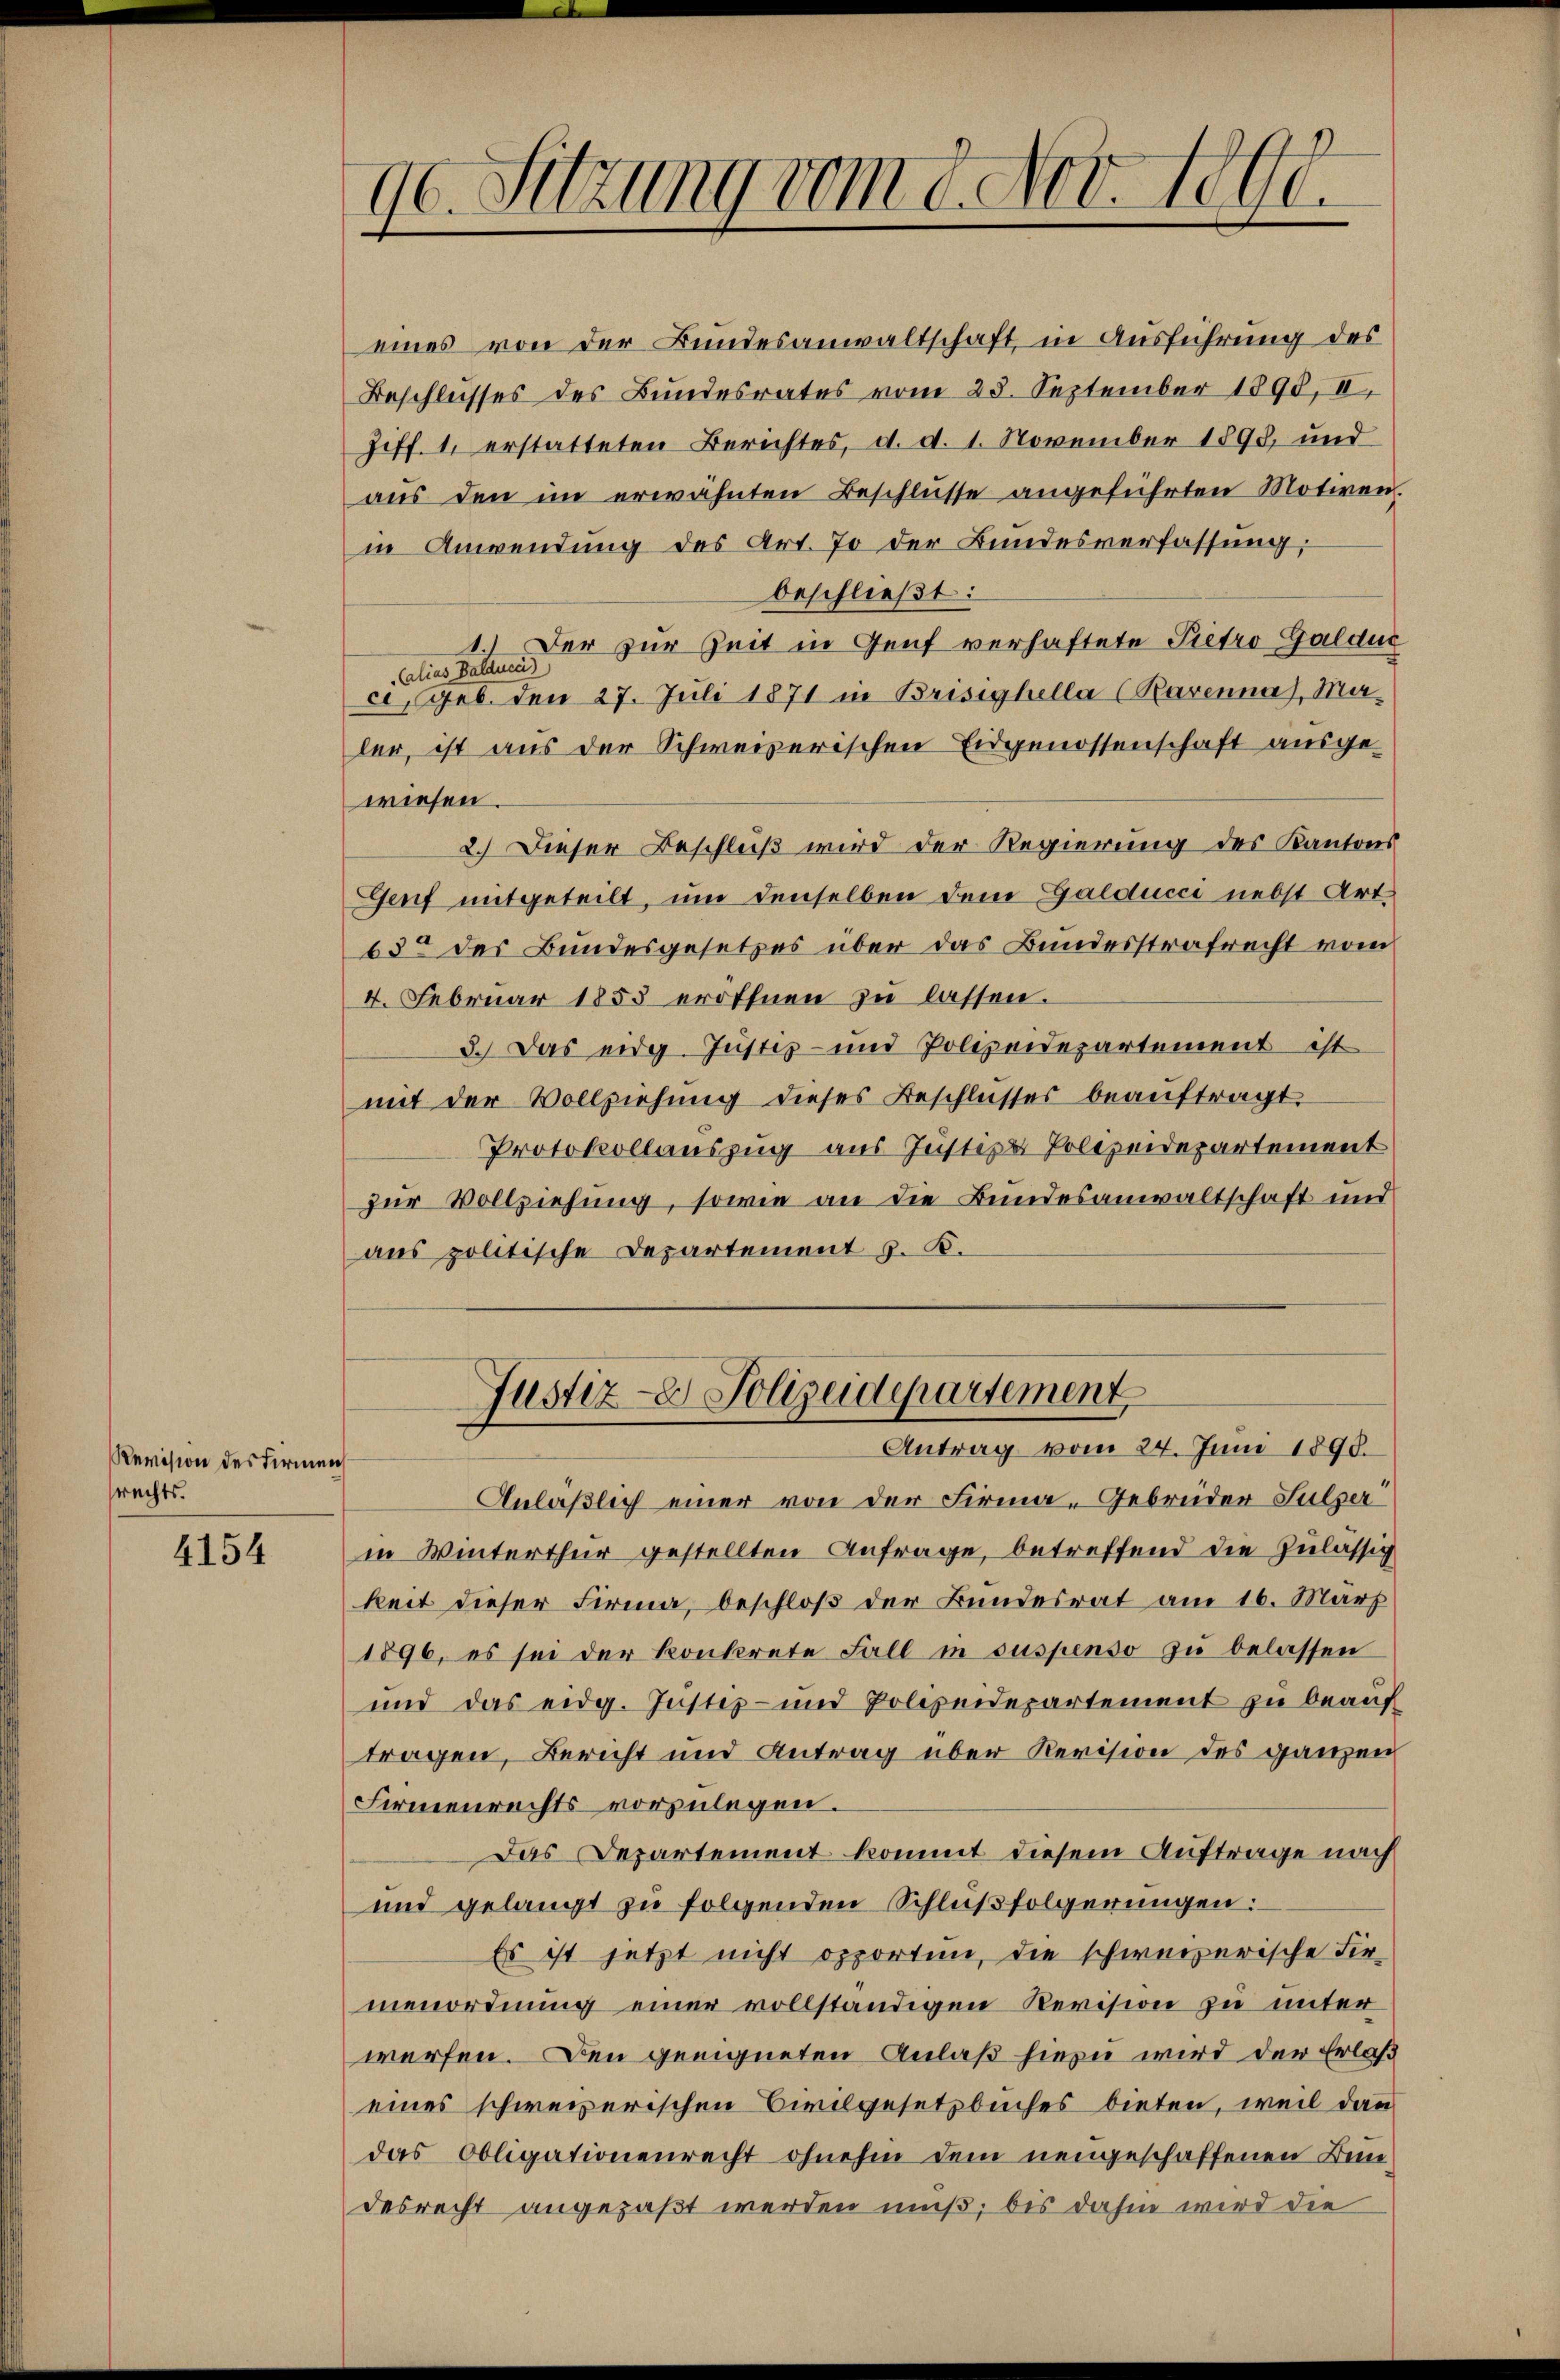
Revision des Firmen
rechts.

4154

eines von der Bundesanwaltschaft, in Ausführung des
Beschlusses des Bundesrates vom 28. September 1890, II.
Ziff. 1. erstatteten Berichtes, d. d. 1. November 1890, und
aŭs den im erwähnten Beschlüsse angeführten Motiven
in Anwendung des Art. 70 der Bundesverfassung:
beschließt:
1. Der zur Zeit in Genf verhaftete Pietro Galduc
Calias Balduce)
c. geb. den 27. Juli 1871 in Brisighella (Ravenna), Maler, ist aus der Schweizerischen Eidgenossenschaft ausgewiesen.
2.) Dieser Beschluß wird der Regierung des Kantons
Genf mitgeteilt, um denselben dem Galducci nebst Art.
630 des Bundesgesetzes über das Bundesstrafrecht vom
4. Februar 1853 eröffnen zu lassen.
3.) Das eidg. Justiz- und Polizeidepartement ist
mit der Vollziehung dieses Beschlusses beauftragt.
Protokollauszug aus Justiz & Polizeidepartement
zur Vollziehung, sowie an die Bundesanwaltschaft und
aus politische Departement z. B.

.

90. Sitzung vom 8. Nov. 1890.

Justiz- & Polizeidepartement
Antrag vom 24. Juni 1890.

Anläßlich einer von der Firma Gebrüder Sulzer
in Winterthur gestellten Anfrage, betreffend die zulässig
keit dieser Firma, beschloß der Bundesrat am 16. März
1896, es sei der konkrete Fall in suspenso zu belassen
und das eidg. Justiz- und Polizeidepartement zu beauf
tragen, Bericht und Antrag über Revision des ganzen
Firmenrechts vorzulegen.
Das Departement kommt diesem Auftrage nach
und gelangt zu folgenden Schlußfolgerungen:
Es ist jetzt nicht opporten, die schweizerische Fir-
nienordnung einer vollständigen Revision zu unter
werfen. Den geeigneten Anlaß hiezu wird der Erlaß
eines schweizerischen Civilgesetzbuches bieten, weil dann
das Obligationenrecht ohnehin dem neugeschaffenen Bundesrecht angepaßt werden muß, bis dahin wird die